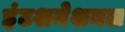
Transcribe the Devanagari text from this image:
इंटशनेशनल